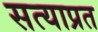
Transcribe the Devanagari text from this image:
सत्याप्रत